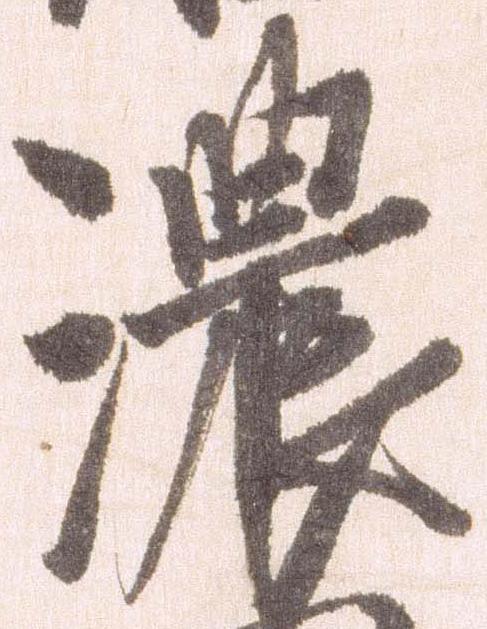
濃